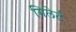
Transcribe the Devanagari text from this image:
गिलेर्ट